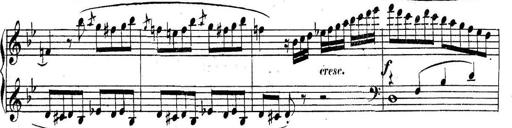
Title: Collected Piano Sonatas
Composer: Muzio Clementi